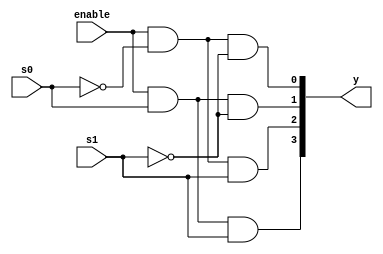
`timescale 1ns / 1ps
//////////////////////////////////////////////////////////////////////////////////
// Company: 
// Engineer: 
// 
// Design Name: 
// Module Name: Decoder
// Project Name: 
// Target Devices: 
// Tool Versions: 
// Description: 
// 
// Dependencies: 
// 
// Revision:
// Revision 0.01 - File Created
// Additional Comments:
// 
//////////////////////////////////////////////////////////////////////////////////


module Decoder(output [3:0]y,input s0,s1,enable);
assign y[0] = (enable & ~s0 & ~s1);
assign y[1] = (enable & s0 & ~s1);
assign y[2] = (enable & ~s0 & s1);
assign y[3] = (enable & s0 & s1);
endmodule